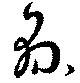
県